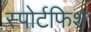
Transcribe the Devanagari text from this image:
स्पोर्टफिश